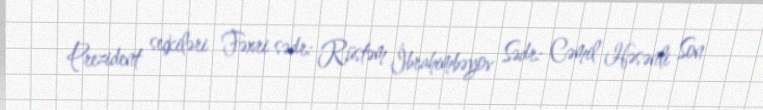
Prezident seçkiləri Fəxri sədr: Rüstəm İbrahimbəyov Sədr: Cəmil Həsənli Son